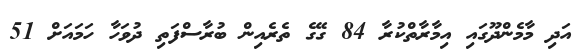
އަދި މާމެންދޫގައި އިމާރާތްކުރާ 84 ގޭގެ ތެރެއިން ބުރާސްފަތި ދުވަހާ ހަމައަށް 51